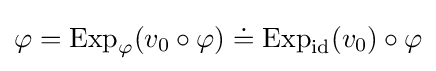
\varphi =\operatorname {Exp} _{\varphi }(v_{0}\circ \varphi )\doteq \operatorname {Exp} _{\rm {id}}(v_{0})\circ \varphi